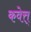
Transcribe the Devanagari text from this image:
कवेत्त्